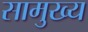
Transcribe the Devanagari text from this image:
सामुख्य